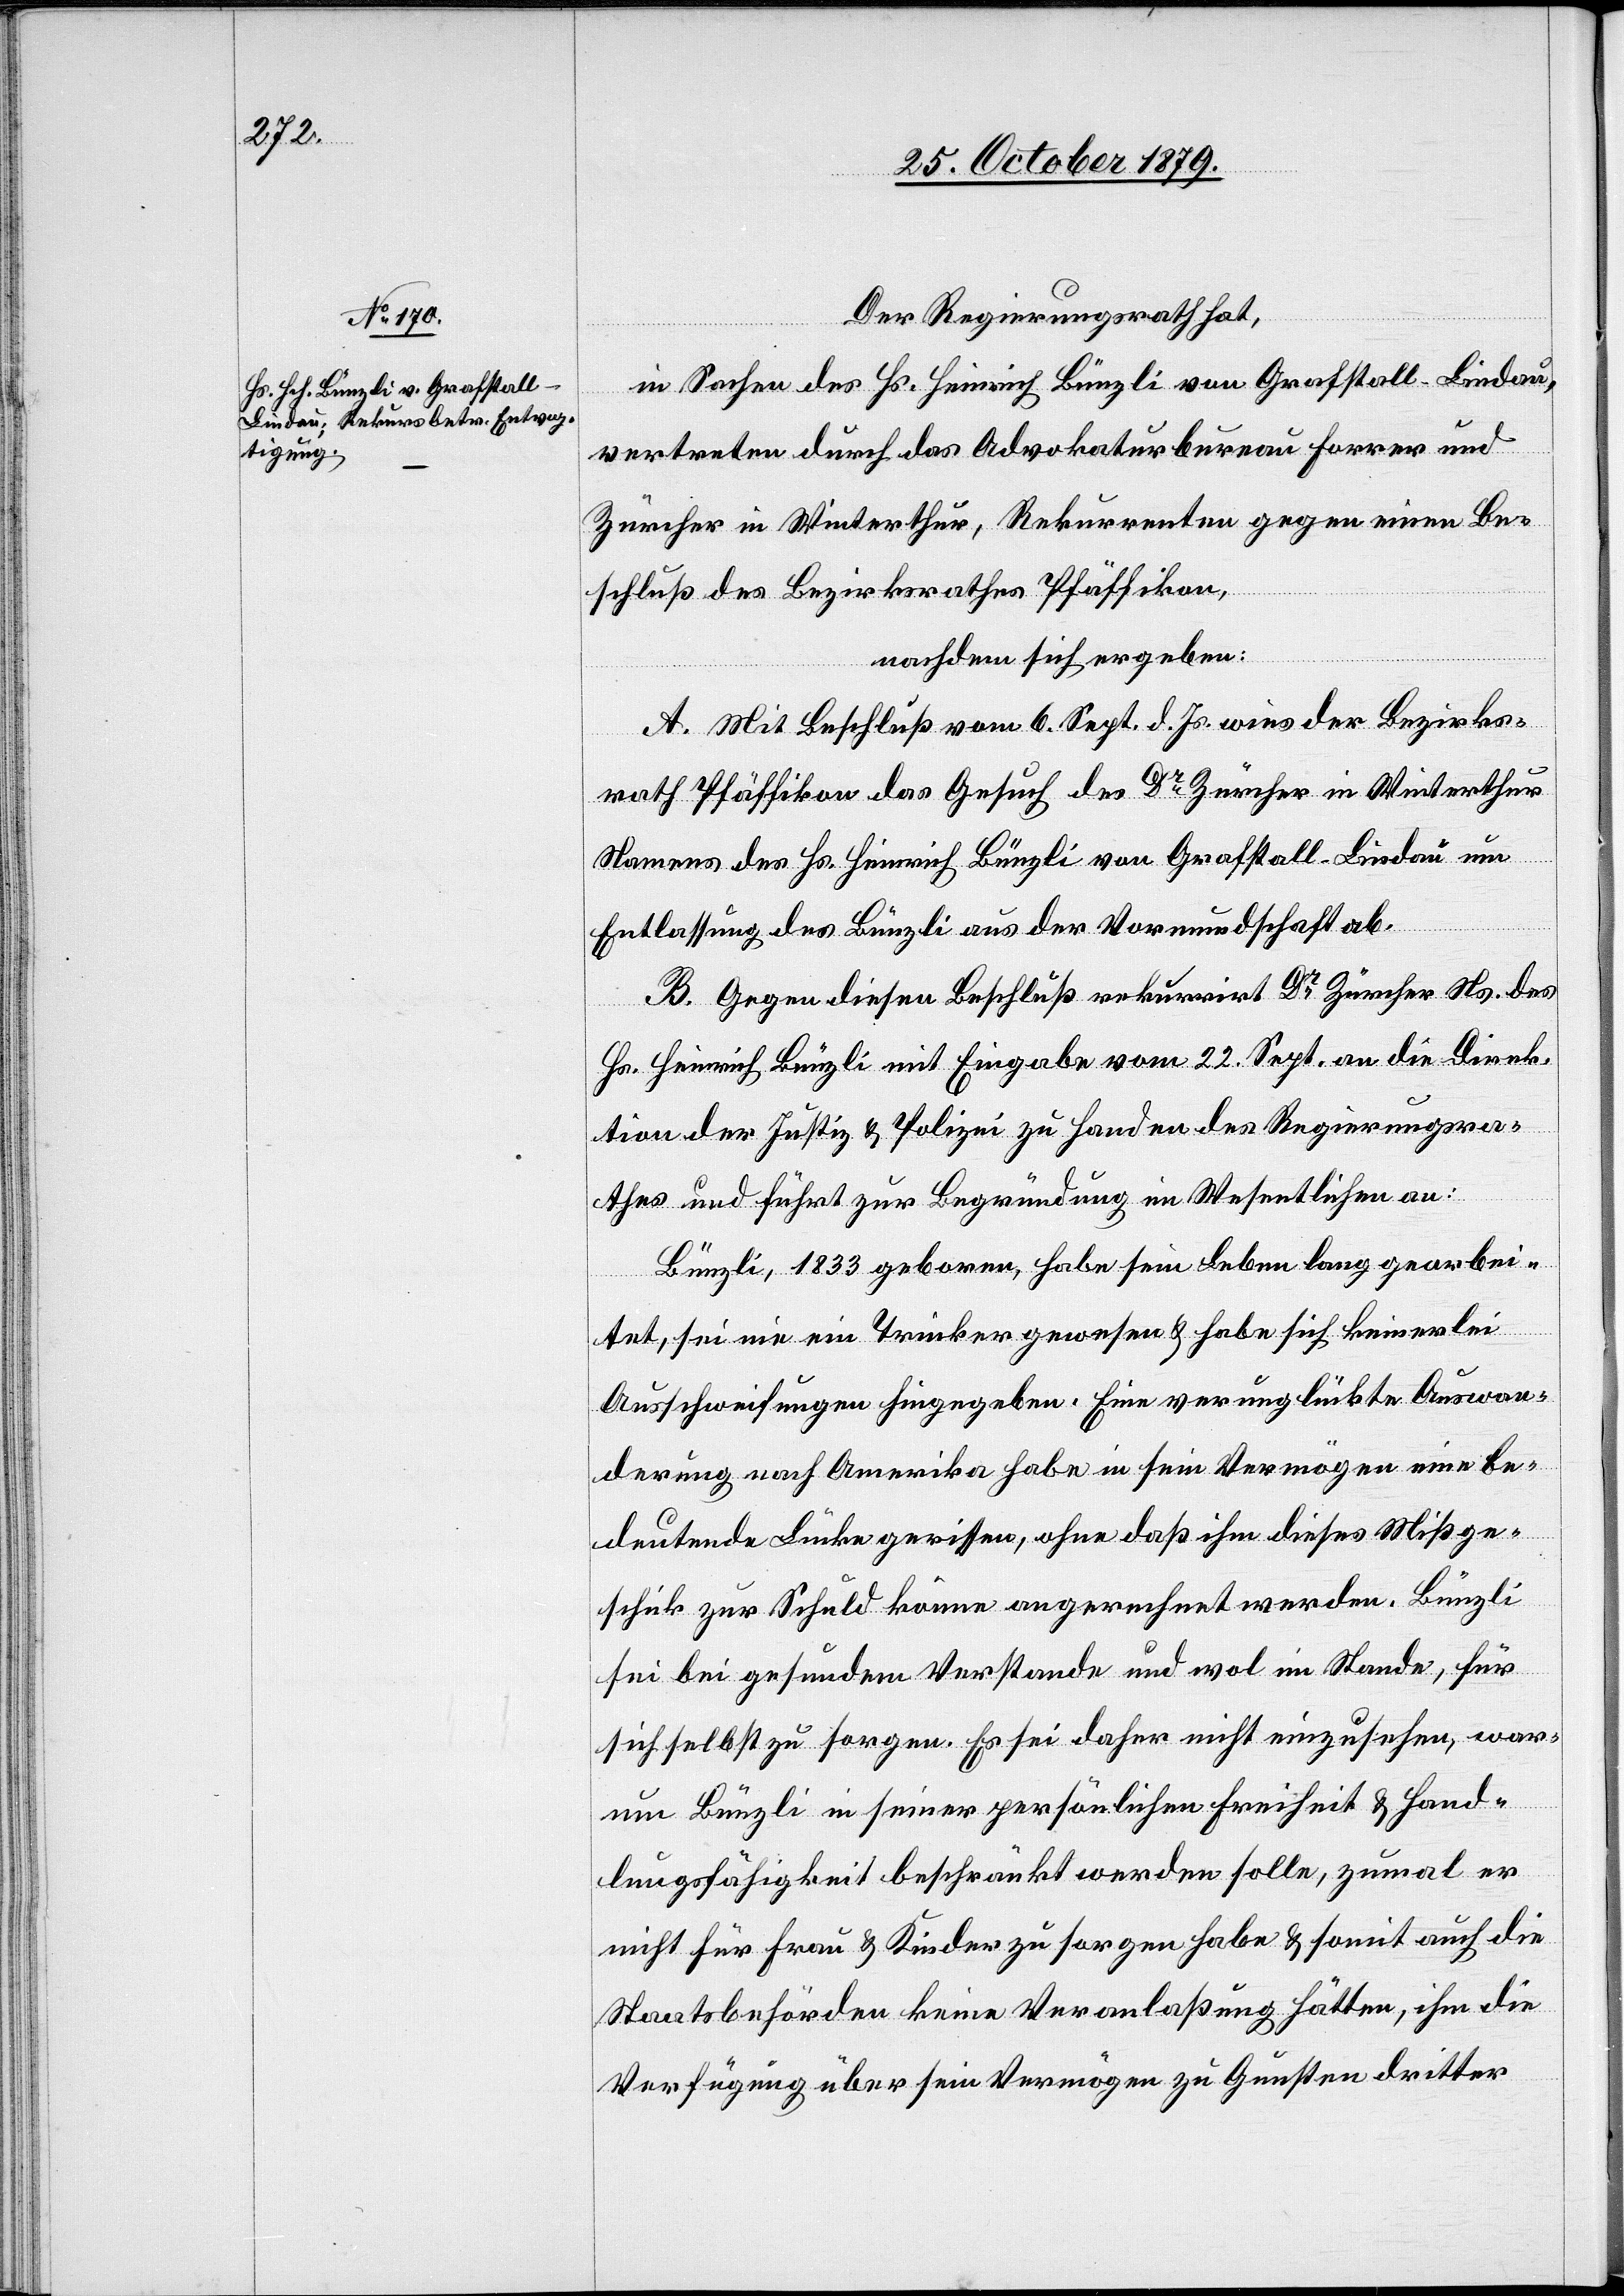
Der Regierungsrath hat,
in Sachen des Hs. Heinrich Bünzli von Grafstall - Lindau,
vertreten durch das Advokaturbureau Forrer und
Zürcher in Winterthur, Rekurrenten gegen einen Be¬
schluß des Bezirksrathes Pfäffikon,
nachdem sich ergeben:
A. Mit Beschluß vom 6. Sept. d. Js. wies der Bezirks¬
rath Pfäffikon das Gesuch des Dr Zürcher in Winterthur
Namens des Hs. Heinrich Bünzli von Grafstall - Lindau um
Entlassung des Bünzli aus der Vormundschaft ab.
B. Gegen diesen Beschluß rekurrirt Dr Zürcher Ns. des
Hs. Heinrich Bünzli mit Eingabe vom 22. Sept. an die Direk¬
tion der Justiz & Polizei zu Handen des Regierungsra¬
thes und führt zur Begründung im Wesentlichen an:
Bünzli, 1833 geboren, habe sein Leben lang gearbei¬
tet, sei nie ein Trinker gewesen & habe sich keinerlei
Ausschweifungen hingegeben. Eine verunglückte Auswan¬
derung nach Amerika habe in sein Vermögen eine be¬
deutende Lücke gerissen, ohne daß ihm dieses Mißge¬
schick zur Schuld könne angerechnet werden. Bünzli
sei bei gesundem Verstande und wol im Stande, für
sich selbst zu sorgen. Es sei daher nicht einzusehen, war¬
um Bünzli in seiner persönlichen Freiheit & Hand¬
lungsfähigkeit beschränkt werden solle, zumal er
nicht für Frau & Kinder zu sorgen habe & somit auch die
Staatsbehörden keine Veranlaßung hätten, ihm die
Verfügung über sein Vermögen zu Gunsten dritter